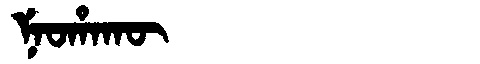
Manchu: ᠨᡝᠣᡥᠠᡴᡡ
Romanization: NEOHAKŪ